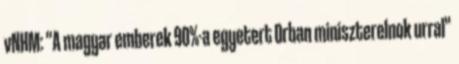
vNHM: "A magyar emberek 90%-a egyetert Orban miniszterelnok urral"